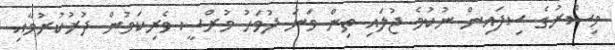
މިސްރުގެ ސިފައިން ނުކުމެ ޖުލައި ތިން ވަނަ ދުވަހު މުރްސީ ވެރިކަމުން ދުރުކުރުމާއި